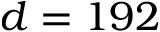
d = 1 9 2